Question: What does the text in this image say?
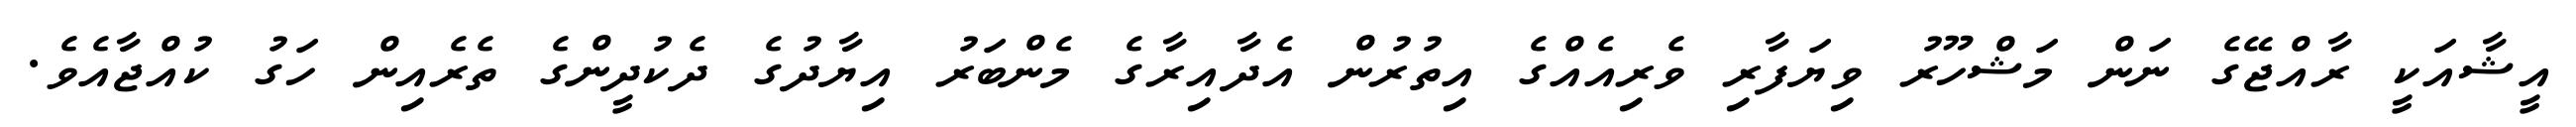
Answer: އީޝާއަކީ ރާއްޖޭގެ ނަން މަޝްހޫރު ވިޔަފާރި ވެރިއެއްގެ އިތުރުން އެދާއިރާގެ މެންބަރު އިޔާދުގެ ދެކުދީންގެ ތެރެއިން ހަގު ކުއްޖާއެވެ.